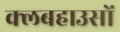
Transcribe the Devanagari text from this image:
क्लबहाउसों